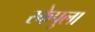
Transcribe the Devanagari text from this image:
स्केपुला